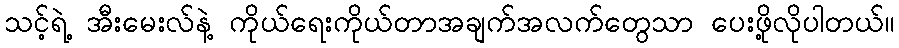
သင့်ရဲ့ အီးမေးလ်နဲ့ ကိုယ်ရေးကိုယ်တာအချက်အလက်တွေသာ ပေးဖို့လိုပါတယ်။